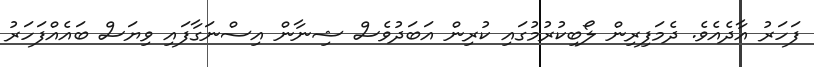
ފަހަރު އާދެއެވެ. ދެމަފިރިން ލޯބިކުރުމުގައި ކުރިން އަބަދުވެސް ޝިނާން އިސްނަގާފައި ވިޔަސް ބައެއްފަހަރު